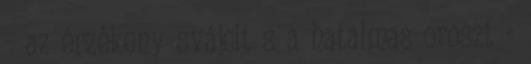
- az érzékeny svájcit s a hatalmas oroszt -